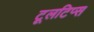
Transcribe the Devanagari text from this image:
टूलटिप्स